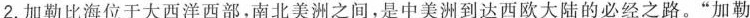
2.加勒比海位于大西洋西部，南北美洲之间，是中美洲到达西欧大陆的必经之路。“加勒